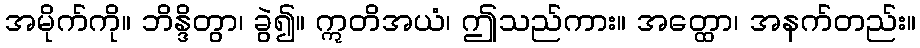
အမိုက်ကို။ ဘိန္ဒိတွာ၊ ခွဲ၍။ ဣတိအယံ၊ ဤသည်ကား။ အတ္ထော၊ အနက်တည်း။